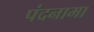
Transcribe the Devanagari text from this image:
पंदनामा